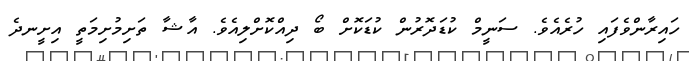
ހައިރާންވެފައި ހުރެއެވެ. ސަނީމް ކުޑަދޮރުން ކުޑަކޮށް ބޯ ދިއްކޮށްލިއެވެ. އާޝާ ތަށިމުށިމަތީ އިށީނދެ